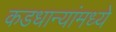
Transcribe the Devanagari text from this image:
कडधान्यांमध्ये